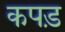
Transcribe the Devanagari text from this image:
कपड़